Annual returns of the Patna Lunatic Asylum at Bankipore in Bihar and Orissa - 1912-1924
Year: 1912
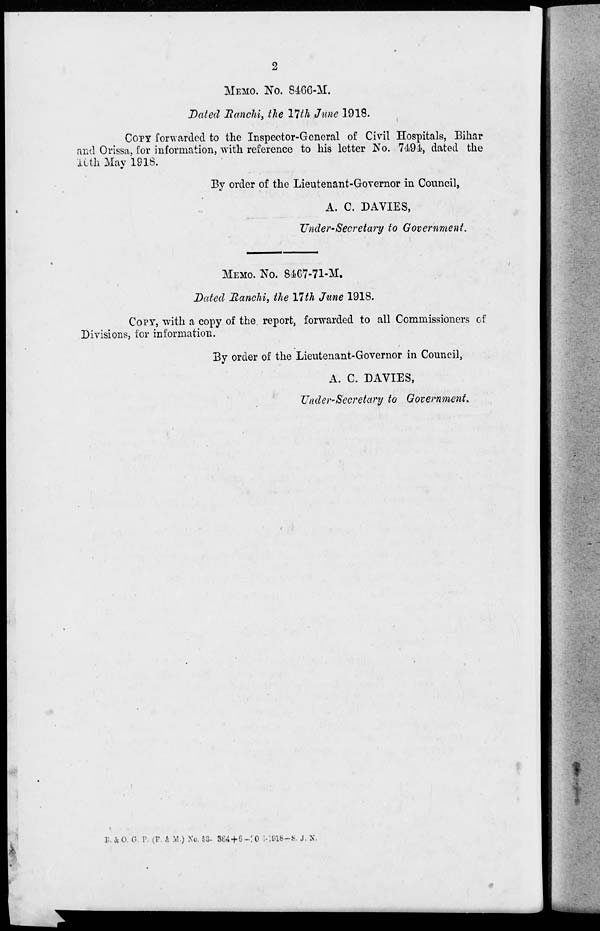
2
MEMO. No. 8466-M.
Dated Ranchi, the 17th June 1918.
COPY forwarded to the Inspector-General of Civil Hospitals, Bihar
and Orissa, for information, with reference to his letter No. 7494, dated the
10th May 1918.
By order of the Lieutenant-Governor in Council,
A. C. DAVIES,
Under-Secretary to Government.
MEMO. No. 8467-71-M.
Dated Ranchi, the 17th June 1918.
COPY, with a copy of the report, forwarded to all Commissioners of
Divisions, for information.
By order of the Lieutenant-Governor in Council,
A. C. DAVIES,
Under-Secretary to Government.
B. & O. G. P. (D. & M. ) No. 53-364+6—10-918—S. J. N.